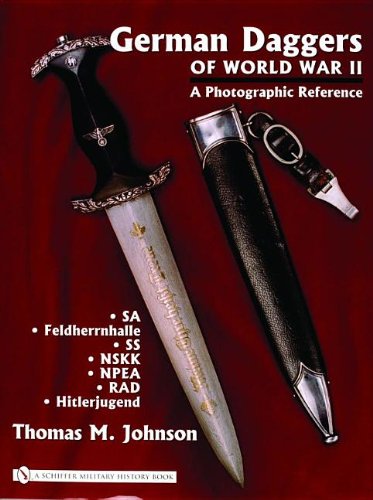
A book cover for German Daggers Of World War II - A Photographic Reference: Sa - Feldherrnhalle - Ss - Nskk - Npea - Rad - Hitlerjugend; Thomas M. Johnson; Crafts, Hobbies & Home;